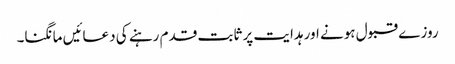
روز ے قبول ہونے اور ہدایت پر ثابت قدم رہنے کی دعائیں مانگنا۔